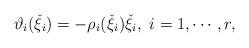
LaTeX: \begin{align*}\vartheta_{i}(\check{\xi}_{i})=-\rho_{i}(\check{\xi}_{i})\check{\xi}_{i},~i=1,\cdots,r,\end{align*}